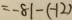
= - 8 1 - ( - 1 2 )